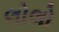
લોલો